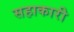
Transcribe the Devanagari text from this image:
सहाकारी